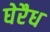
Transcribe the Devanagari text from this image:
घेरैध